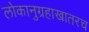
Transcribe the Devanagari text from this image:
लोकानुग्रहाखातरच